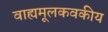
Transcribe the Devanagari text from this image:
वाह्यमूलकवकीय